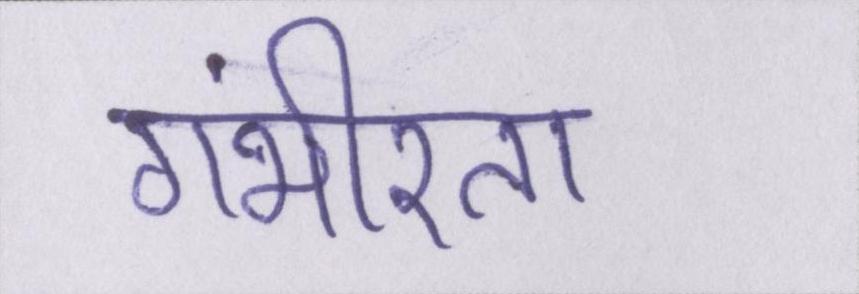
गंभीरता